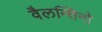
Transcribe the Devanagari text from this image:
वैलन्तिनो